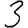
Digit: 3